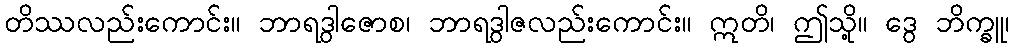
တိဿလည်းကောင်း။ ဘာရဒွါဇောစ၊ ဘာရဒွါဇလည်းကောင်း။ ဣတိ၊ ဤသို့။ ဒွေ ဘိက္ခူ၊